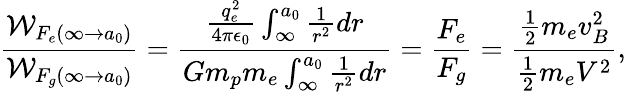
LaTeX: \frac{\mathcal W_{F_{e}(\infty\rightarrow a_{0})}}{\mathcal W_{F_{g}(\infty\rightarrow a_{0})}}=\frac{\frac{q_{e}^{2}}{4\pi\epsilon_{0}}\int_{\infty}^{a_{0}}\frac{1}{r^{2}}dr}{Gm_{p}m_{e}\int_{\infty}^{a_{0}}\frac{1}{r^{2}}dr}=\frac{F_{e}}{F_{g}}=\frac{\frac{1}{2}m_{e}v_{B}^{2}}{\frac{1}{2}m_{e}V^{2}},